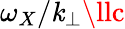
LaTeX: \omega_{X}/\mathit{k}_{\perp}\llc